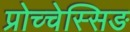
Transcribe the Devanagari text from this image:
प्रोच्चेस्सिङ